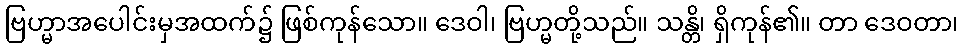
ဗြဟ္မာအပေါင်းမှအထက်၌ ဖြစ်ကုန်သော။ ဒေဝါ၊ ဗြဟ္မတို့သည်။ သန္တိ၊ ရှိကုန်၏။ တာ ဒေဝတာ၊